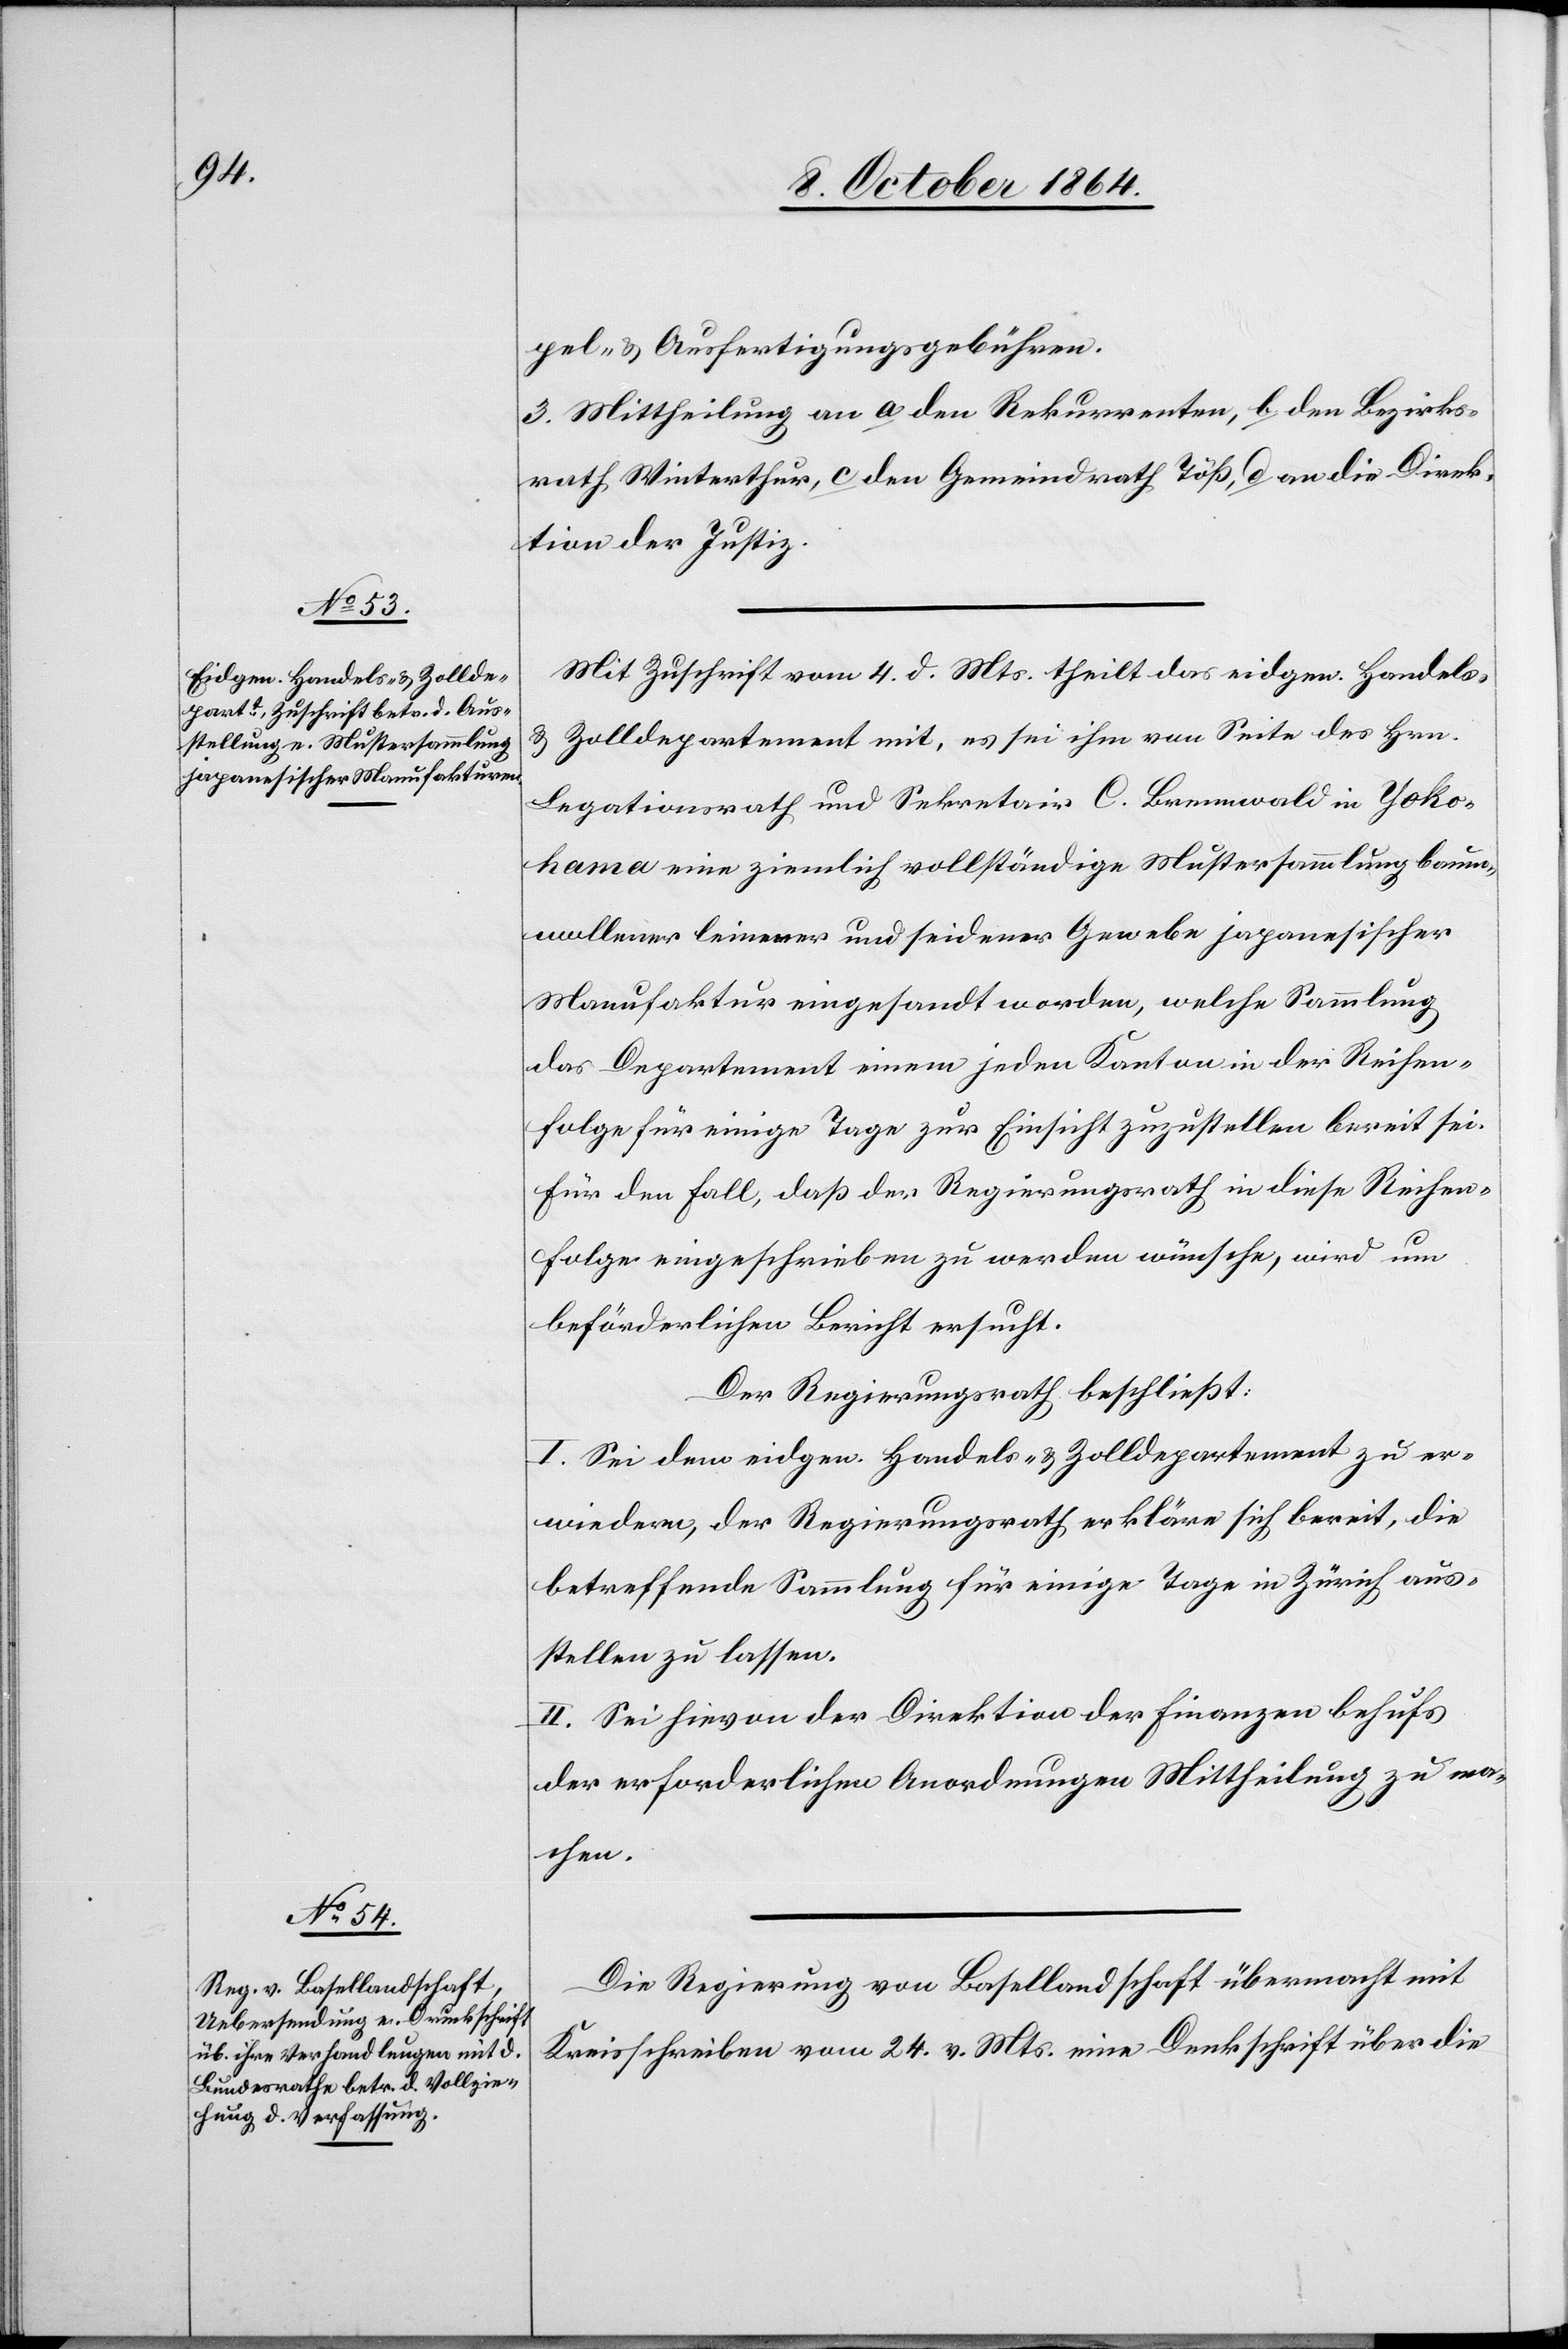
pel- & Ausfertigungsgebühren.
3. Mittheilung an a) den Rekurrenten, b) den Bezirks¬
rath Winterthur, c) den Gemeindrath Töß, d) an die Direk¬
tion der Justiz.
Mit Zuschrift vom 4. d. Mts. theilt das eidgen. Handels-
& Zolldepartement mit, es sei ihm von Seite des Hrn.
Legationsrath und Sekretair C. Brennwald in Yoko¬
hama eine ziemlich vollständige Mustersammlung baum¬
wollener leinerner und seidener Gewebe japanesischer
Manufaktur eingesandt worden, welche Sammlung
das Departement einem jeden Kanton in der Reihen¬
folge für einige Tage zur Einsicht zuzustellen bereit sei.
Für den Fall, daß der Regierungsrath in diese Reihen¬
folge eingeschrieben zu werden wünsche, wird um
beförderlichen Bericht ersucht.
Der Regierungsrath beschließt:
I. Sei dem eidgen. Handels- & Zolldepartement zu er¬
wiedern, der Regierungsrath erkläre sich bereit, die
betreffende Sammlung für einige Tage in Zürich aus¬
stellen zu lassen.
II. Sei hievon der Direktion der Finanzen behufs
der erforderlichen Anordnungen Mittheilung zu ma¬
chen.
Die Regierung von Basellandschaft übermacht mit
Kreisschreiben vom 24. v. Mts. eine Denkschrift über die